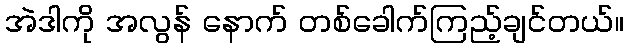
အဲဒါကို အလွန် နောက် တစ်ခေါက်ကြည့်ချင်တယ်။